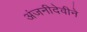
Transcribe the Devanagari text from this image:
अंजनीदेवीने